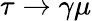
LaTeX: \tau\to\gamma\mu